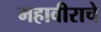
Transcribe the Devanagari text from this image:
महावीराचे